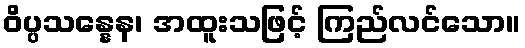
ဝိပ္ပသန္နေန၊ အထူးသဖြင့် ကြည်လင်သော။